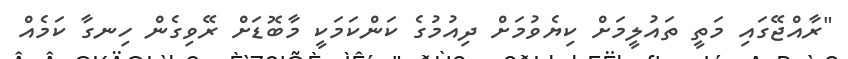
"ރާއްޖޭގައި މަތީ ތައުލީމަށް ކިޔެވުމަށް ދިއުމުގެ ކަންކަމަކީ މާބޮޑަށް ރޭވިގެން ހިނގާ ކަމެއް